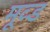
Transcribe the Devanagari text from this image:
मूव्ड